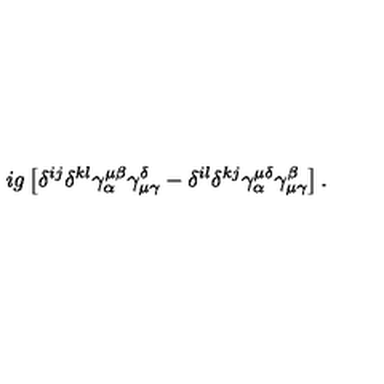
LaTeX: i g \left[ \delta ^ { i j } \delta ^ { k l } \gamma _ { \alpha } ^ { \mu \beta } \gamma _ { \mu \gamma } ^ { \delta } - \delta ^ { i l } \delta ^ { k j } \gamma _ { \alpha } ^ { \mu \delta } \gamma _ { \mu \gamma } ^ { \beta } \right] .